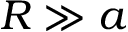
R \gg a